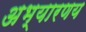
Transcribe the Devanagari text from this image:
अभ्‍यारणय